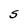
Character: 5